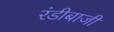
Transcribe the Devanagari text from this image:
रंडीबाजी